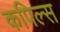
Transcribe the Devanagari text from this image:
कपिल्स